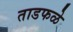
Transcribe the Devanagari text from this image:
ताडफळे